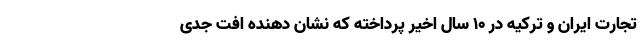
تجارت ایران و ترکیه در ۱۰ سال اخیر پرداخته که نشان دهنده افت جدی